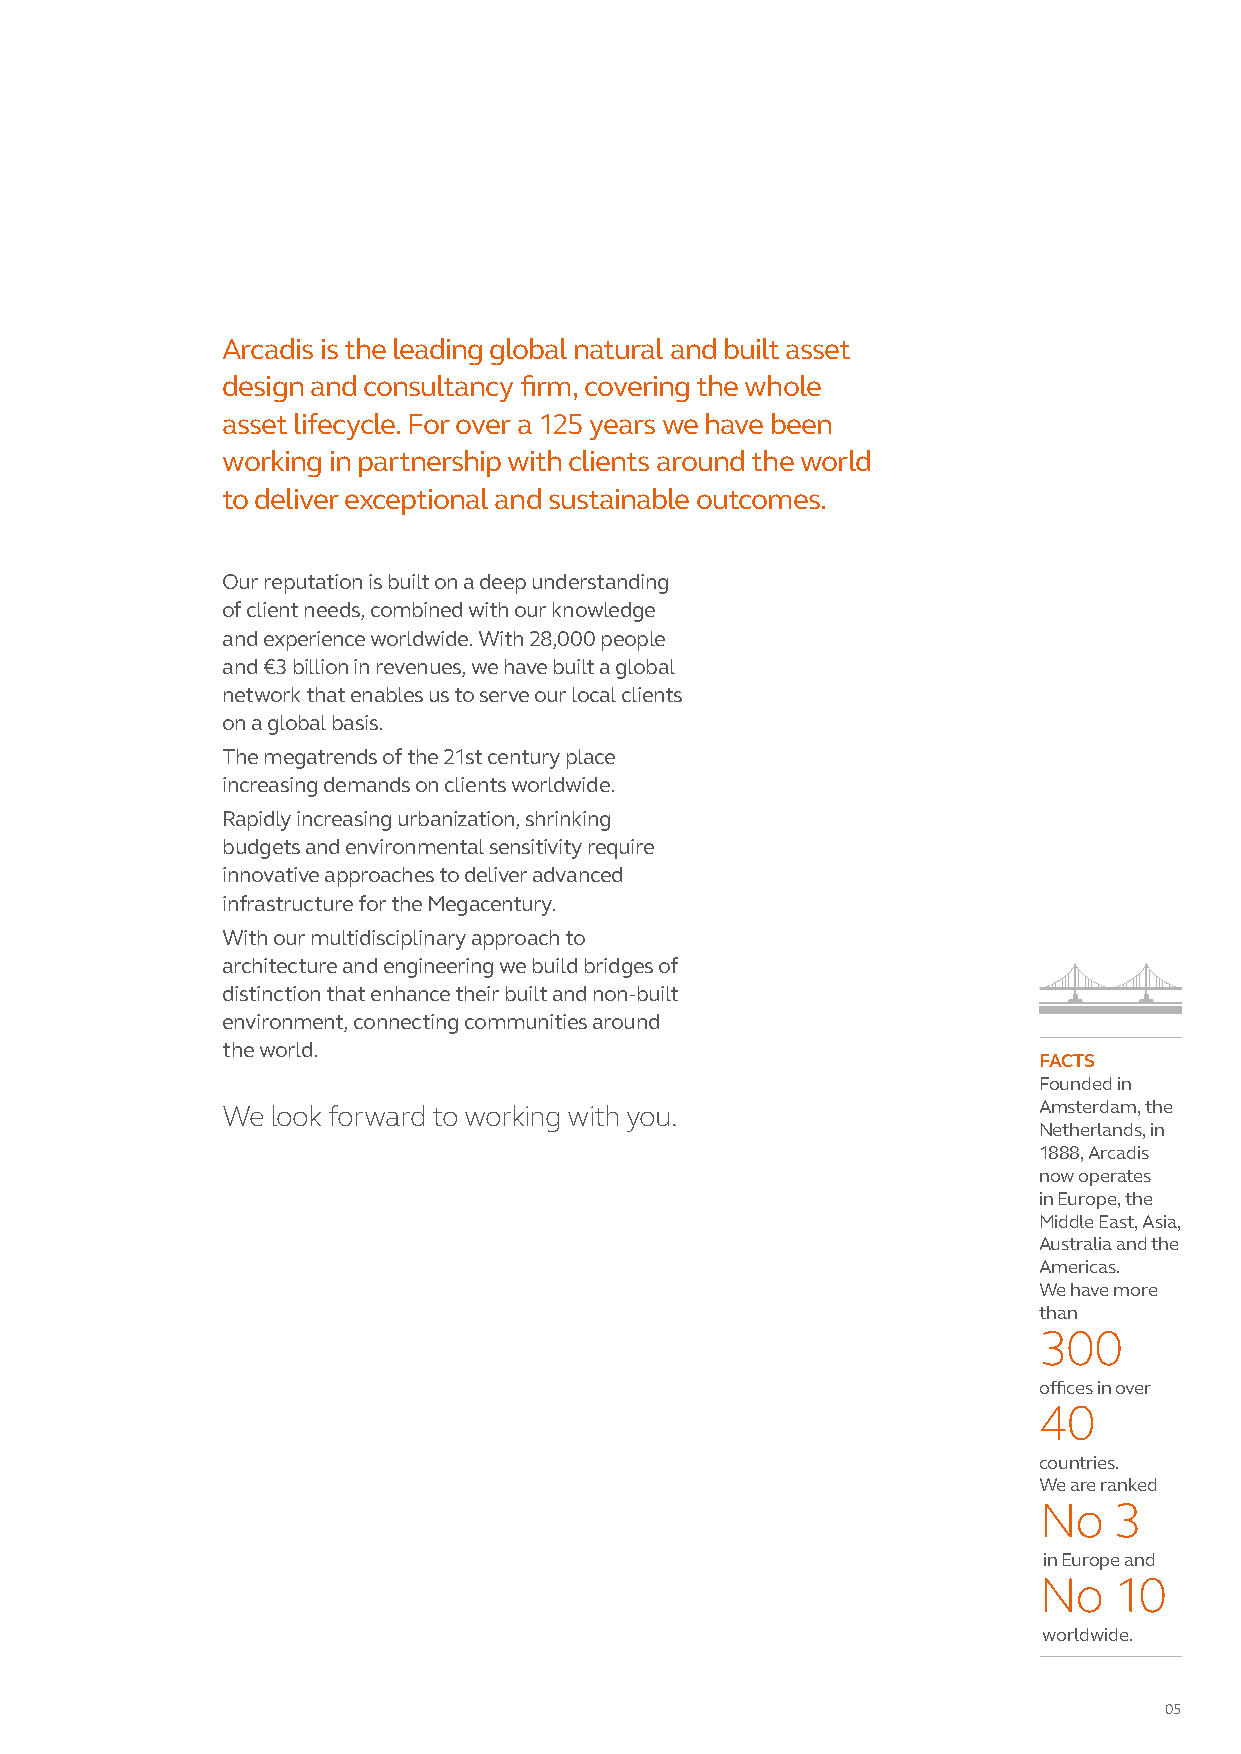
Arcadis is the leading global natural and built asset
 design and consultancy firm, covering the whole
 asset lifecycle. For over a 125 years we have been
 working in partnership with clients around the world
 to deliver exceptional and sustainable outcomes.
 Our reputation is built on a deep understanding
 of client needs, combined with our knowledge
 and experience worldwide. With 28,000 people
 and €3 billion in revenues, we have built a global
 network that enables us to serve our local clients
 on a global basis.
 The megatrends of the 21st century place
 increasing demands on clients worldwide.
 Rapidly increasing urbanization, shrinking
 budgets and environmental sensitivity require
 innovative approaches to deliver advanced
 infrastructure for the Megacentury.
 With our multidisciplinary approach to
 architecture and engineering we build bridges of
 distinction that enhance their built and non-built
 environment, connecting communities around
 the world.
 FACTS
 Founded in
 We look forward to working with you.                  Amsterdam, the
 Netherlands, in
 1888, Arcadis
 now operates
 in Europe, the
 Middle East, Asia,
 Australia and the
 Americas.
 We have more
 than
 300
 offices in over
 40
 countries.
 We are ranked
 No   3
 in Europe and
 No   10
 worldwide.
 05